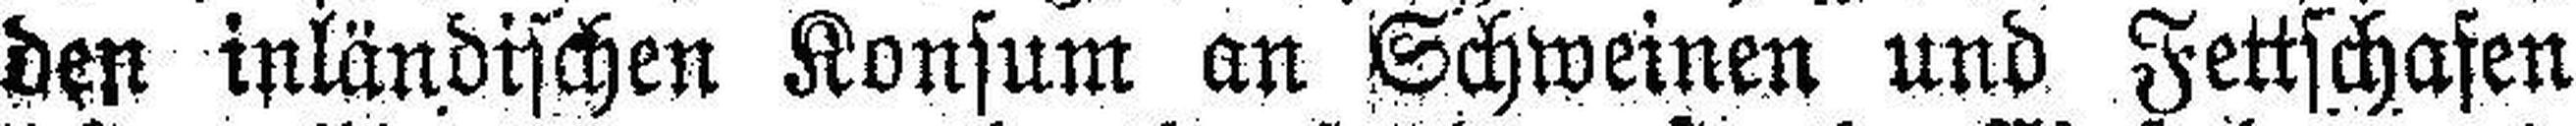
den inländischen Konsum an Schweinen und Fettschafen